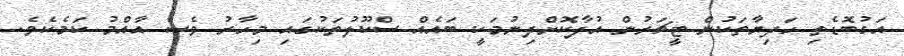
އަގުބޮޑެތި ހަދިޔާތަކުން ޓީޗަރުން އުފާކޮށްދިނުމަކީ ބައެއް ސްކޫލުތަކުގައި މިހާރު ވެސް އާއްމު ކަމެކެވެ.